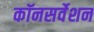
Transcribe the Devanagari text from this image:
कॉनसर्वेशन